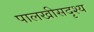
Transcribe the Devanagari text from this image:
पालखीसदृश्य